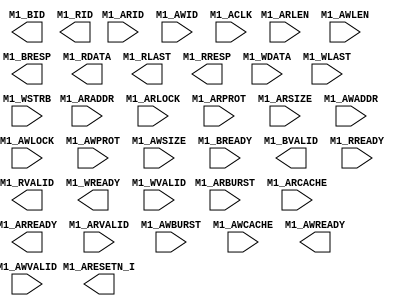
`timescale 1ns/1ps
`celldefine
//
// SOC_FPGA_INTF_AXI_M1 simulation model
// SOC interface connection AXI Master 1
//
// Copyright (c) 2023 Rapid Silicon, Inc.  All rights reserved.
//

module SOC_FPGA_INTF_AXI_M1 (
  input [31:0] M1_ARADDR, // None
  input [1:0] M1_ARBURST, // None
  input [3:0] M1_ARCACHE, // None
  input [3:0] M1_ARID, // None
  input [2:0] M1_ARLEN, // None
  input M1_ARLOCK, // None
  input [2:0] M1_ARPROT, // None
  output M1_ARREADY, // None
  input [2:0] M1_ARSIZE, // None
  input M1_ARVALID, // None
  input [31:0] M1_AWADDR, // None
  input [1:0] M1_AWBURST, // None
  input [3:0] M1_AWCACHE, // None
  input [3:0] M1_AWID, // None
  input [2:0] M1_AWLEN, // None
  input M1_AWLOCK, // None
  input [2:0] M1_AWPROT, // None
  output M1_AWREADY, // None
  input [2:0] M1_AWSIZE, // None
  input M1_AWVALID, // None
  output [3:0] M1_BID, // None
  input M1_BREADY, // None
  output [1:0] M1_BRESP, // None
  output M1_BVALID, // None
  output [63:0] M1_RDATA, // None
  output [3:0] M1_RID, // None
  output M1_RLAST, // None
  input M1_RREADY, // None
  output [1:0] M1_RRESP, // None
  output M1_RVALID, // None
  input [63:0] M1_WDATA, // None
  input M1_WLAST, // None
  output M1_WREADY, // None
  input [7:0] M1_WSTRB, // None
  input M1_WVALID, // None
  input M1_ACLK, // None
  output M1_ARESETN_I // None
);

endmodule
`endcelldefine